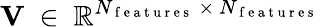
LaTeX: \mathbf{V}~\in~\mathbb{R}^{N_{\mathrm{~f~e~a~t~u~r~e~s~}}~\times~N_{\mathrm{~f~e~a~t~u~r~e~s~}}}